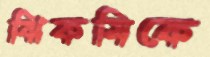
ঝিকমিকে